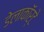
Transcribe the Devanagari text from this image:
डेलाकॉर्टे